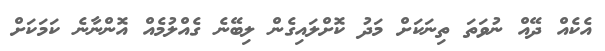
އެކެއް ދޭއް ނުވަތަ ތިނަކަށް މަދު ކޮށްލައިގެން ލިބޭނެ ގެއްލުމެއް އޮންނާނެ ކަމަކަށް